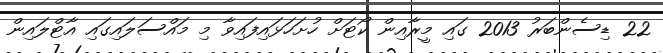
22 ޑިސެންބަރު 2013 ގައި މީރާއިން ކޯޓަށް ހުށަހަޅައިފައިވާ މި މައްސަލައިގައި އާޓްލައިން